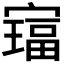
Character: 𫴅